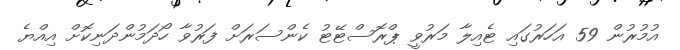
އުމުރުން 59 އަހަރުގައި ޓެއިލާ މަރުވީ ޕްރޮސްޓޭޓު ކެންސަރަށް ފަރުވާ ހޯދަމުންދަނިކޮށް އިއްޔެ